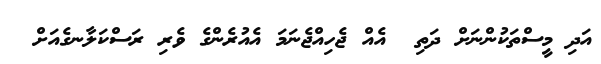
އަދި މީސްތަކުންނަށް ދަތި  އެއް ޖެހިއްޖެނަމަ އެއުރެންގެ ވެރި ރަސްކަލާނގެއަށް